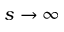
s \rightarrow \infty